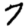
Digit: 7